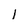
Character: 1